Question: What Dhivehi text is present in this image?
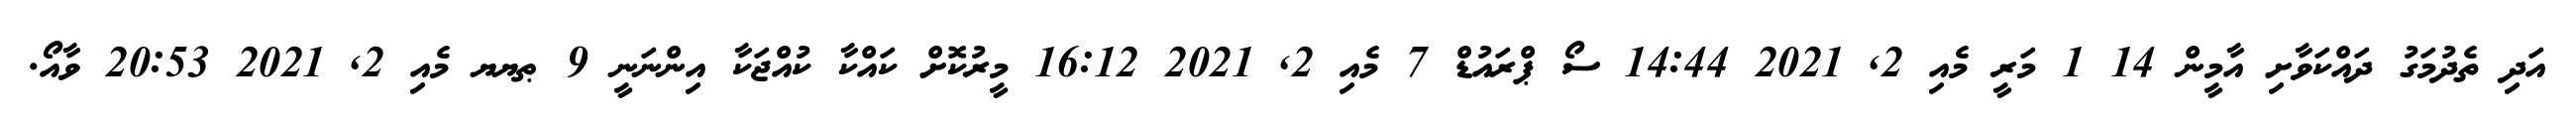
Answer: އަދި ތެދުމަގު ދައްކަވާށި އާމީން 14 1 މަރީ މެއި 2, 2021 14:44 ސޯ ޕްރައުޑް 7 މެއި 2, 2021 16:12 މީރުކޮށް ކައްކާ ކުއްޖަކާ އިންނަނީ 9 ޠޔޔ މެއި 2, 2021 20:53 ވާއޯ.